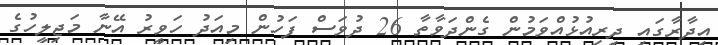
އިދާރާގައި ދިރިއުޅުއްވަމުން ގެންދަވާތާ 26 ދުވަސް ފަހުން މިއަދު ހަވީރު އޭނާ މަޖިލީހުގެ